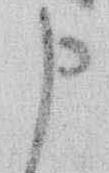
申